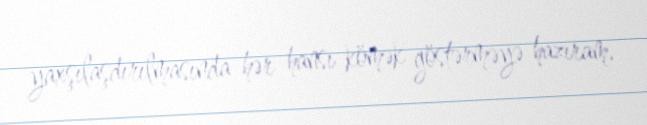
yaxşılaşdırılmasında hər hansı kömək göstərməyə hazıram.